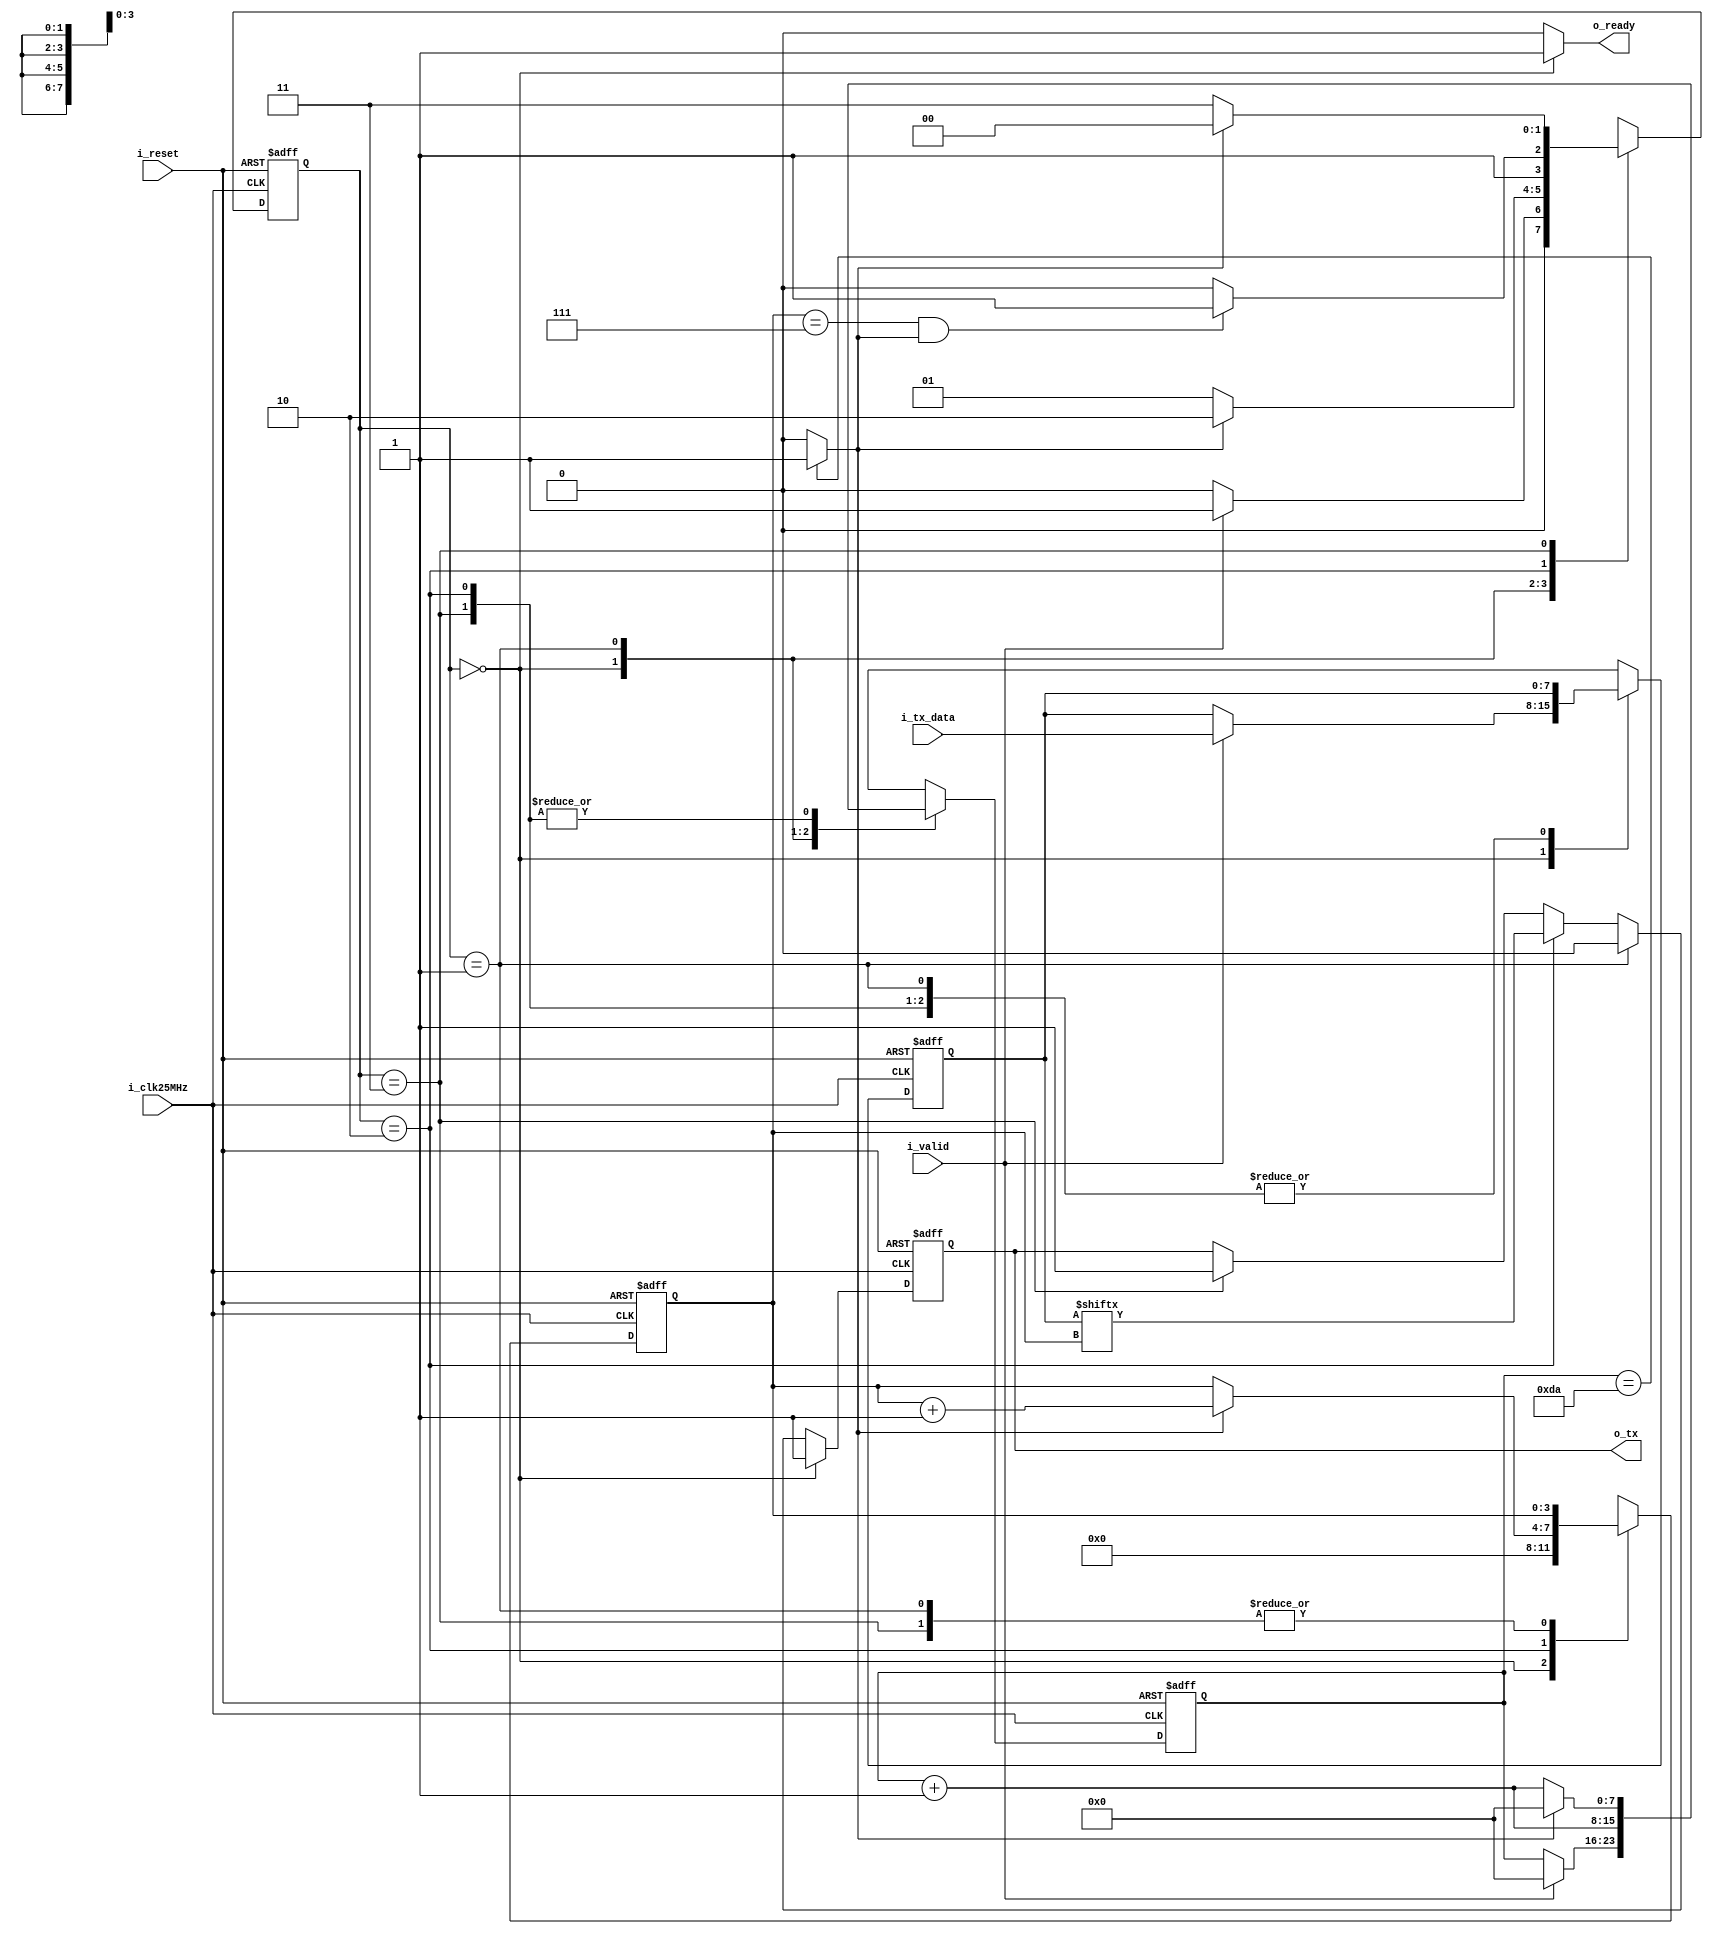
`ifndef _UART_TX_V_
  `define _UART_TX_V_

`timescale 1ns / 1ps

module uart_tx(input i_clk25MHz,
               input i_reset,
               input [7:0] i_tx_data,
               input i_valid,
               output o_tx,
               output o_ready);
  
  parameter IDLE      = 2'b00;
  parameter START_BIT = 2'b01;
  parameter SEND      = 2'b10;
  parameter STOP_BIT  = 2'b11;
  
  reg [1:0] next_state;
  reg [1:0] reg_state;
  
  reg [3:0] reg_bits_counter;
  reg [3:0] next_bits_counter;
  
  reg [7:0] reg_counter;
  reg [7:0] next_counter;
  
  reg [7:0] reg_tx_data;
  reg [7:0] next_tx_data;
  
  reg reg_tx;
  reg next_tx;
  
  wire end_of_serial_period;
  
  always @(posedge i_clk25MHz, posedge i_reset)
    if (i_reset)
      reg_state <= IDLE;
    else
      reg_state <= next_state;
  
  assign end_of_serial_period = (reg_counter == 8'd218) ? 1'b1 : 1'b0;
  
  always @(*)
    case (reg_state)
      IDLE:
        next_state = (i_valid) ? START_BIT : IDLE;
      START_BIT:
        next_state = (end_of_serial_period) ? SEND : START_BIT;
      SEND:
        next_state = ((reg_bits_counter == 7) & end_of_serial_period) ? STOP_BIT : SEND;
      STOP_BIT:
        next_state = (end_of_serial_period) ? IDLE : STOP_BIT;
    endcase
  
  always @(posedge i_clk25MHz, posedge i_reset)
    if (i_reset)
      begin
        reg_bits_counter <= 0;
        reg_tx_data      <= 0;
        reg_counter      <= 0;
      end
    else
      begin
        reg_bits_counter <= next_bits_counter;
        reg_tx_data      <= next_tx_data;
        reg_counter      <= next_counter;
      end
  
  always @(*)
    begin
      next_bits_counter = reg_bits_counter;
      next_tx_data = reg_tx_data;
      next_counter = reg_counter;
      
      case (reg_state)
        IDLE:
          begin
            next_bits_counter = 0;
            if (i_valid)
              begin
                next_tx_data = i_tx_data;
                next_counter = 8'b0000_0000;
              end
          end
        START_BIT:
          next_counter = reg_counter + 1;
        SEND:
          begin
            next_counter = reg_counter + 1;
            if (end_of_serial_period)
              begin
                next_counter = 8'b0000_0000;
                next_bits_counter = reg_bits_counter + 1;
              end
          end
        STOP_BIT:
          if (end_of_serial_period)
            next_counter = 8'b0000_0000;
          else
            next_counter = reg_counter + 1;
      endcase
    end
  
  always @(posedge i_clk25MHz, posedge i_reset)
    if (i_reset)
      reg_tx <= 1'b1;
    else
      reg_tx <= next_tx;
 
  always @(*)
    if (reg_state == IDLE)
      next_tx = 1'b1;
    else if (reg_state == START_BIT)
      next_tx = 1'b0;
    else if (reg_state == SEND)
      next_tx = reg_tx_data[reg_bits_counter];
    else if (reg_state == STOP_BIT)
      next_tx = 1'b1;
    else
      next_tx = reg_tx;
  
  assign o_tx = reg_tx;
  assign o_ready = (reg_state == IDLE) ? 1'b1 : 1'b0;
  
endmodule

`endif /* _UART_TX_V_ */